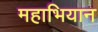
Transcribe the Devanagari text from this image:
महाभियान